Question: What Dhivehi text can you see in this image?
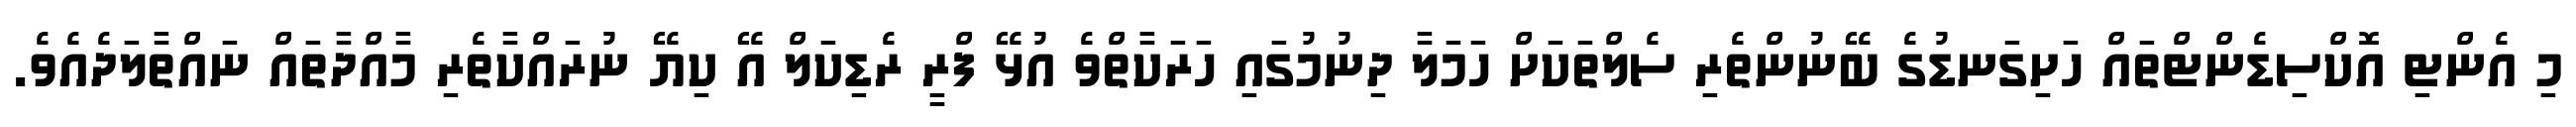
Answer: މި އެންޓި އޮކްސިޑެންޓްތައް ހަށިގަނޑުގެ ބޭނުންތެރި ސެލްތަކަށް ހަމަލާ ދިނުމުގައި ހަރަކާތްވެ އުޅޭ ފްރީ ރެޑިކަލް އޭ ކިޔޭ ނުރައްކާތެރި މާއްދާތައް ނައްތާލަދެއެވެ.